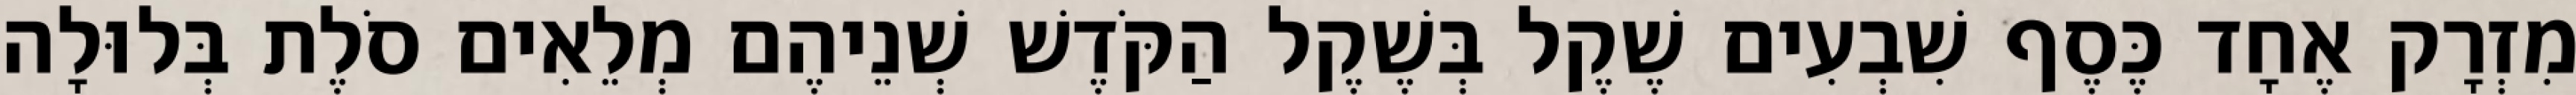
מִזְרָק אֶחָד כֶּסֶף שִׁבְעִים שֶׁקֶל בְּשֶׁקֶל הַקֹּדֶשׁ שְׁנֵיהֶם מְלֵאִים סֹלֶת בְּלוּלָה